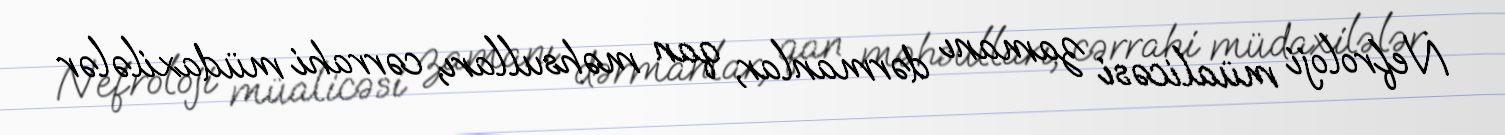
Nefroloji müalicəsi zamanı dərmanlar, qan məhsulları, cərrahi müdaxilələr